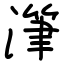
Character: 潷